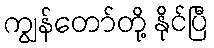
ကျွန်တော်တို့ နိုင်ပြီ